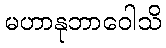
မဟာနုဘာဝေါသိ